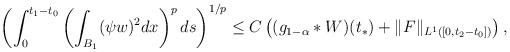
LaTeX: \begin{align*}\left( \int_{0}^{t_{1}-t_{0}}\left( \int_{B_{1}} (\psi w)^{2} dx \right)^{p}ds \right)^{1/p}\leq C \left( (g_{1-\alpha}*W)(t_{*}) + \|F\|_{L^{1}([0,t_{2}-t_{0}])} \right),\end{align*}